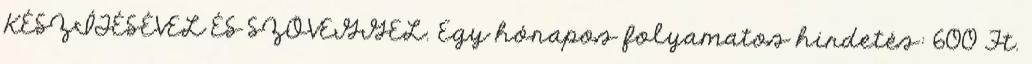
KÉSZÍTÉSÉVEL ÉS SZÖVEGGEL. Egy hónapos folyamatos hirdetés: 600 Ft.